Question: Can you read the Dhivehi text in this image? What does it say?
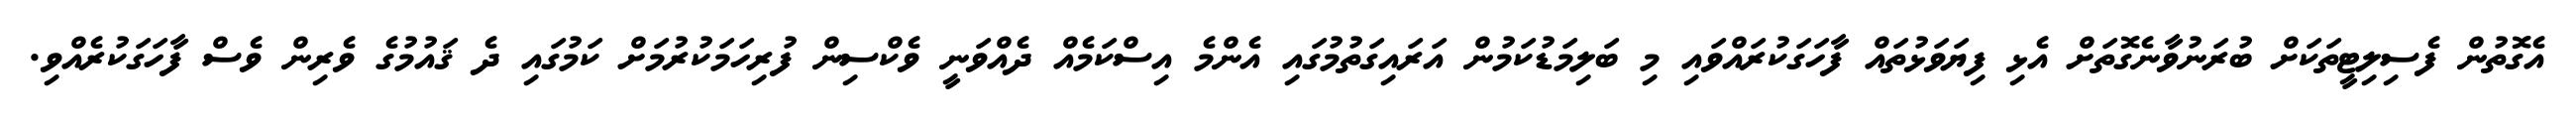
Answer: އެގޮތުން ފެސިލިޓީތަކަށް ބުރަނުވާނެގޮތަށް އެޅި ފިޔަވަޅުތައް ފާހަގަކުރައްވައި މި ބަލިމަޑުކަމުން އަރައިގަތުމުގައި އެންމެ އިސްކަމެއް ދެއްވަނީ ވެކްސިން ފުރިހަމަކުރުމަށް ކަމުގައި ދެ ޤައުމުގެ ވެރިން ވެސް ފާހަގަކުރެއްވި.